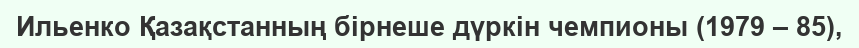
Ильенко Қазақстанның бірнеше дүркін чемпионы (1979 – 85),